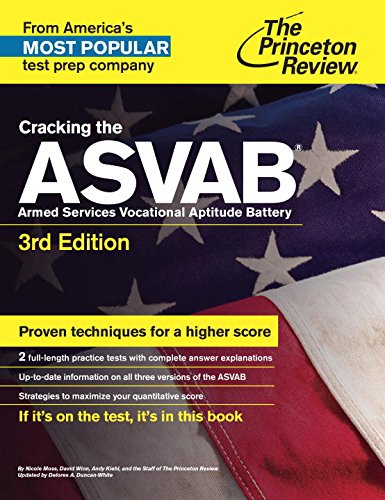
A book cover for Cracking the ASVAB, 3rd Edition (College Test Preparation); Princeton Review; Test Preparation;